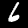
Digit: 6